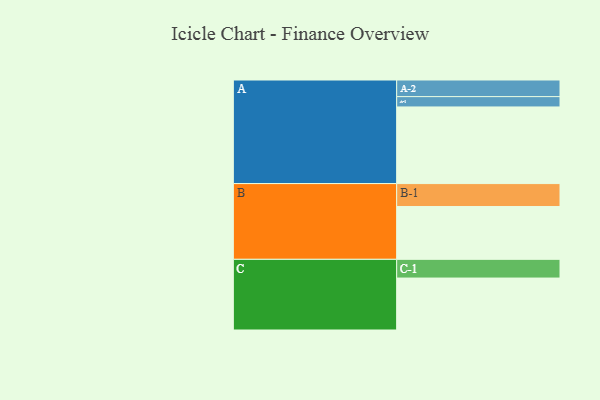
{"axis": {"x": "Segment", "y": "Value"}, "legend": ["", "A", "B", "C"], "data": [{"x": "A", "y": 512, "type": ""}, {"x": "B", "y": 353, "type": ""}, {"x": "C", "y": 347, "type": ""}, {"x": "A-1", "y": 69, "type": "A"}, {"x": "A-2", "y": 111, "type": "A"}, {"x": "B-1", "y": 153, "type": "B"}, {"x": "C-1", "y": 125, "type": "C"}]}